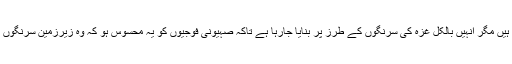
واضح رہے کہ صہیونی ذرائع کے مطابق گرچہ یہ سرنگیں زمین کے اوپر بنائی جارہی ہیں مگر انہیں بالکل غزہ کی سرنگوں کے طرز پر بنایا جارہا ہے تاکہ صہیونی فوجیوں کو یہ محسوس ہو کہ وہ زیرزمین سرنگوں میں جنگ کررہے ہیں اور اس مشق کے بعد انہیں مزاحمت کا مقابلہ کرنے میں آسانی ہو۔